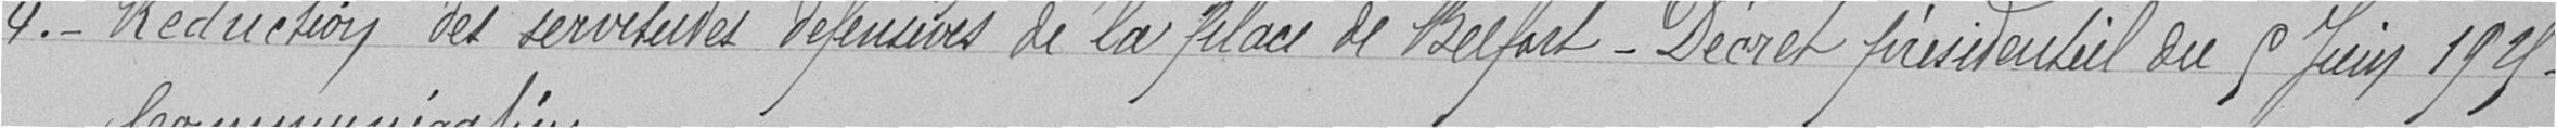
4. - Réduction des servitudes défensives de la place de Belfort - Décret présidentiel du 5 juin 1925.